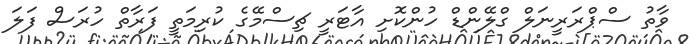
ވާތު ސްޕްރަރީނަލް ގްލޭންޑް ހުންކޮށި އާޓަރީ ޗިސްމޭގެ ކުރިމަތީ ފަރާތް ހުރަސް ފަލަ